Report of the Imperial Institute of Veterinary Research, Muktesar
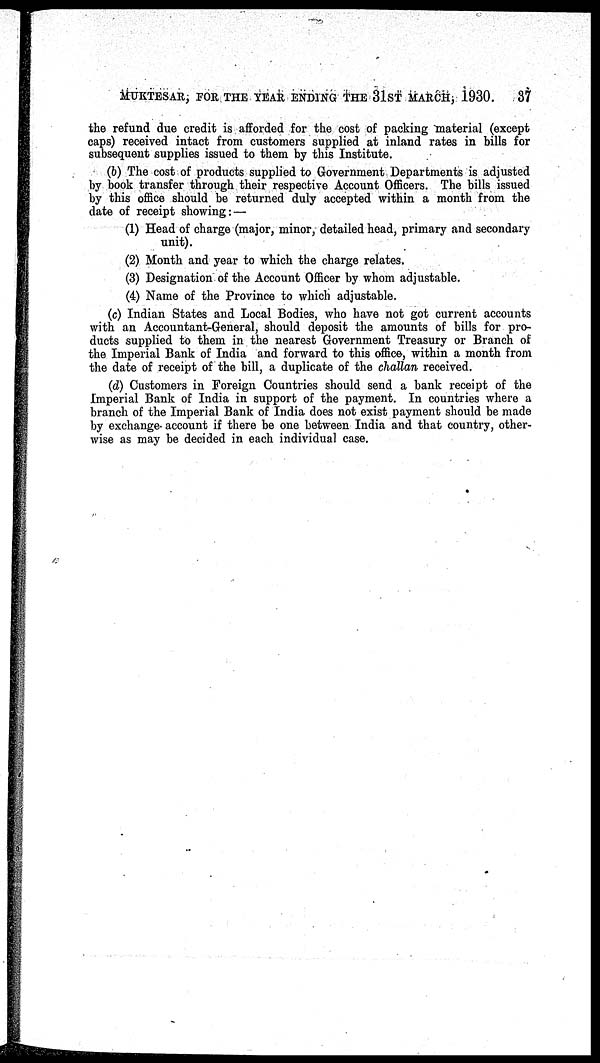
MUKTESAR, FOR THE YEAR ENDING THE 31ST MARCH, 1930. 37
the refund due credit is afforded for the cost of packing material (except
caps) received intact from customers supplied at inland rates in bills for
subsequent supplies issued to them by this Institute.
(b) The cost of products supplied to Government Departments is adjusted
by book transfer through their respective Account Officers. The bills issued
by this office should be returned duly accepted within a month from the
date of receipt showing :—
(1) Head of charge (major, minor, detailed head, primary and secondary
unit).
(2) Month and year to which the charge relates.
(3) Designation of the Account Officer by whom adjustable.
(4) Name of the Province to which adjustable.
(c) Indian States and Local Bodies, who have not got current accounts
with an Accountant-General, should deposit the amounts of bills for pro-
ducts supplied to them in the nearest Government Treasury or Branch of
the Imperial Bank of India and forward to this office, within a month from
the date of receipt of the bill, a duplicate of the challan received.
(d) Customers in Foreign Countries should send a bank receipt of the
Imperial Bank of India in support of the payment. In countries where a
branch of the Imperial Bank of India does not exist payment should be made
by exchange account if there be one between India and that country, other-
wise as may be decided in each individual case.